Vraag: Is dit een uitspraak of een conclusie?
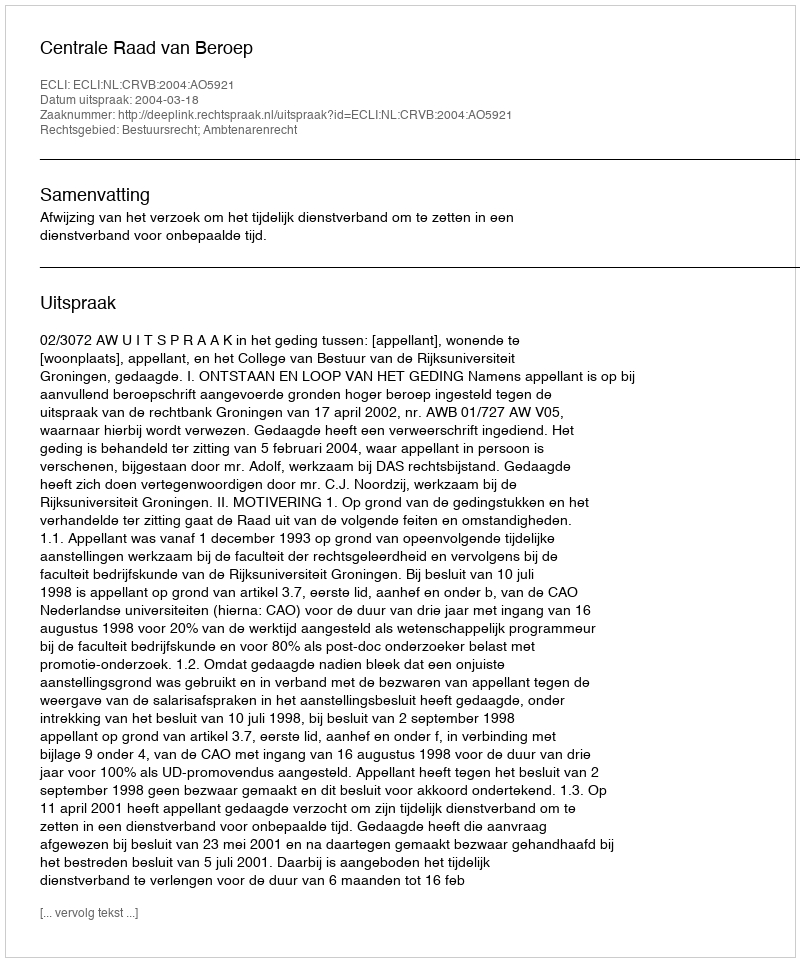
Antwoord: Uitspraak